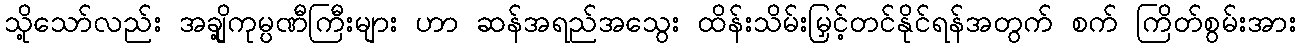
သို့သော်လည်း အချို့ကုမ္ပဏီကြီးများ ဟာ ဆန်အရည်အသွေး ထိန်းသိမ်းမြှင့်တင်နိုင်ရန်အတွက် စက် ကြိတ်စွမ်းအား